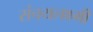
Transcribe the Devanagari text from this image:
संचयलक्ष्मी